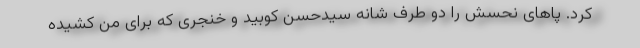
کرد. پاهای نحسش را دو طرف شانه سیدحسن کوبید و خنجری که برای من کشیده